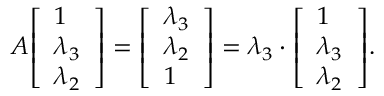
A { \left[ \begin{array} { l } { 1 } \\ { \lambda _ { 3 } } \\ { \lambda _ { 2 } } \end{array} \right] } = { \left[ \begin{array} { l } { \lambda _ { 3 } } \\ { \lambda _ { 2 } } \\ { 1 } \end{array} \right] } = \lambda _ { 3 } \cdot { \left[ \begin{array} { l } { 1 } \\ { \lambda _ { 3 } } \\ { \lambda _ { 2 } } \end{array} \right] } .